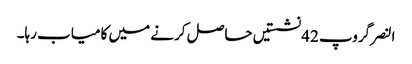
النصر گروپ 42 نشستیں حاصل کرنے میں کامیاب رہا۔